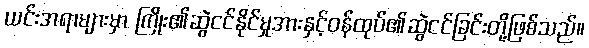
ယင်းအရာများမှာ ကြိုး၏ဆွဲငင်နိုင်မှုအားနှင့်ဝန်ထုပ်၏ဆွဲငင်ခြင်းတို့ဖြစ်သည်။